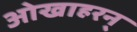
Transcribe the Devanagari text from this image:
ओखाहरन्